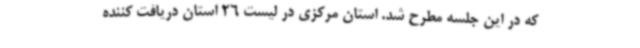
که در این جلسه مطرح شد. استان مرکزی در لیست 26 استان دریافت کننده